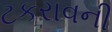
ટકરાવની